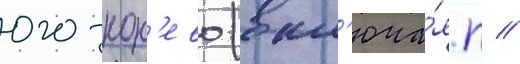
юго-кон'ево (вкл'юча́я п //